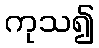
ကုသ၍